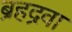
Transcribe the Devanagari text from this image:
ब्रहद्रवा